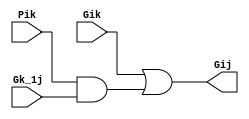
`timescale 1ns / 1ps
module GrayCell(
	input Gik,
	input Pik,
	input Gk_1j,
	output Gij
    );

wire net1;

and #0.1 (net1,Pik,Gk_1j);
or #0.1 (Gij,Gik,net1);		// output Gij generated here

endmodule